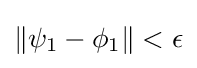
{\textstyle \|\psi _{1}-\phi _{1}\|<\epsilon }